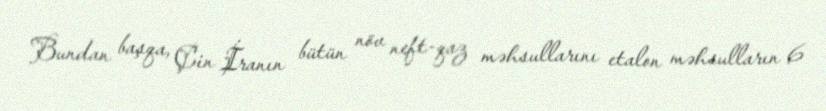
Bundan başqa, Çin İranın bütün növ neft-qaz məhsullarını etalon məhsulların 6